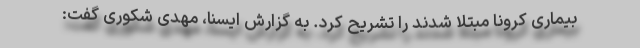
بیماری کرونا مبتلا شدند را تشریح کرد. به گزارش ایسنا، مهدی شکوری گفت: